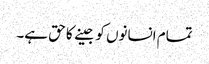
تمام انسانوں کو جینے کا حق ہے۔